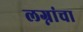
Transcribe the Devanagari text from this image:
लग्नांचा